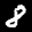
Label: 8